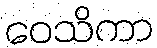
ဝေသိကာ